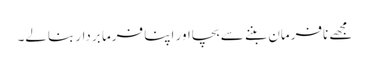
مجھے نافرمان بننے سے بچااور اپنا فرما بردار بنالے۔